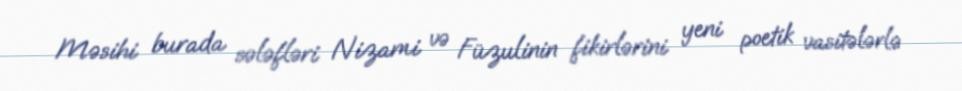
Məsihi burada sələfləri Nizami və Füzulinin fikirlərini yeni poetik vasitələrlə